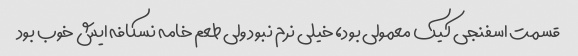
قسمت اسفنجی کیک معمولی بود، خیلی نرم نبود ولی طعم خامه نسکافه ایش خوب بود